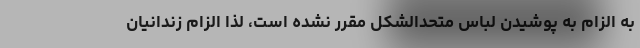
به الزام به پوشیدن لباس متحدالشکل مقرر نشده است، لذا الزام زندانیان